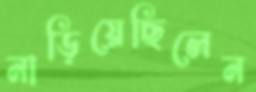
নাড়িয়েছিলেন